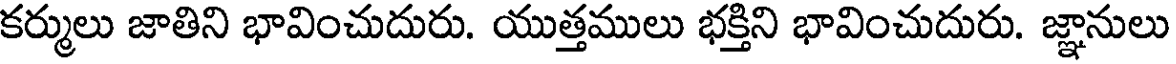
కర్ములు జాతిని భావించుదురు. యుత్తములు భక్తిని భావించుదురు. జ్ఞానులు